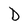
Character: D